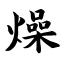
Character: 燥